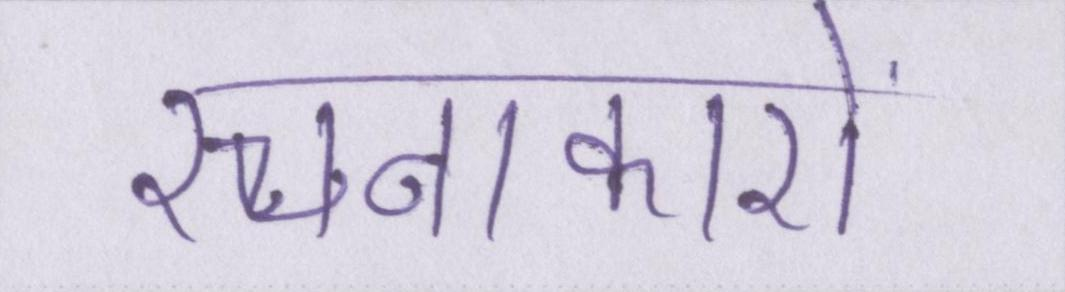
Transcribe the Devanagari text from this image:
रचनाकारों